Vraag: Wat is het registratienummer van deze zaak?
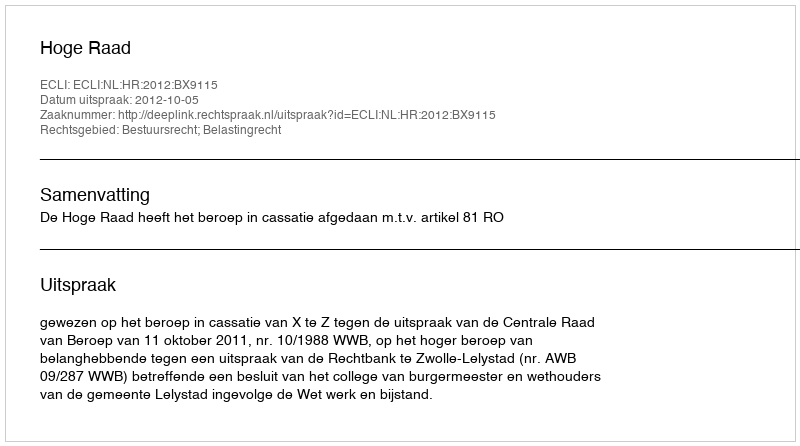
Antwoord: http://deeplink.rechtspraak.nl/uitspraak?id=ECLI:NL:HR:2012:BX9115